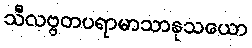
သီလဗ္ဗတပရာမာသာနုသယော